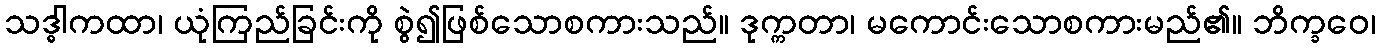
သဒ္ဓါကထာ၊ ယုံကြည်ခြင်းကို စွဲ၍ဖြစ်သောစကားသည်။ ဒုက္ကတာ၊ မကောင်းသောစကားမည်၏။ ဘိက္ခဝေ၊